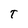
Character: T